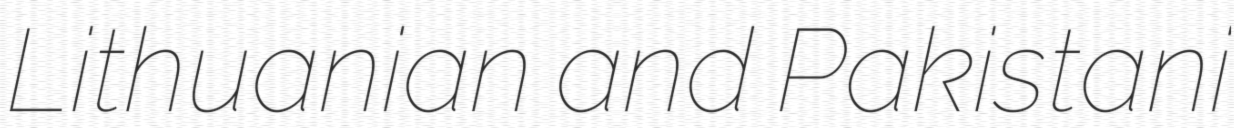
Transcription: Lithuanian and Pakistani